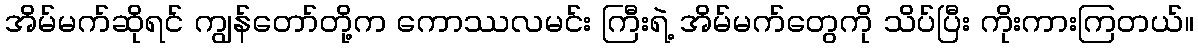
အိမ်မက်ဆိုရင် ကျွန်တော်တို့က ကောဿလမင်း ကြီးရဲ့ အိမ်မက်တွေကို သိပ်ပြီး ကိုးကားကြတယ်။